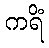
ကရိံ